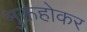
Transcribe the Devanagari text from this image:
मुक्तहोकर